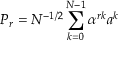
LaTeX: P _ { r } = N ^ { - 1 / 2 } \sum _ { k = 0 } ^ { N - 1 } \alpha ^ { r k } a ^ { k }